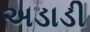
અડાડી